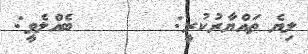
ލިޔެ ތައްޔާރުކުރީ:        ބެއްލެވީ: